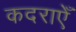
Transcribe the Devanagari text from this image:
कदराएँ